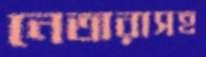
নেতারাসহ